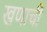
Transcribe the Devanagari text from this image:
खणाची